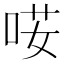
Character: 𠴑